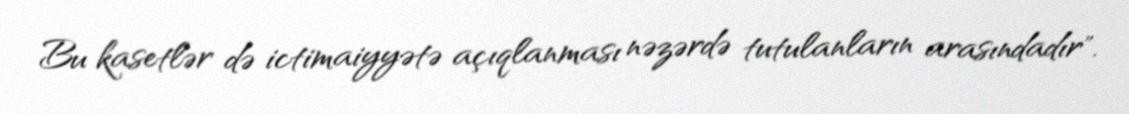
Bu kasetlər də ictimaiyyətə açıqlanması nəzərdə tutulanların arasındadır".